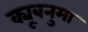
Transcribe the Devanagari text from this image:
क्यूबनुमा